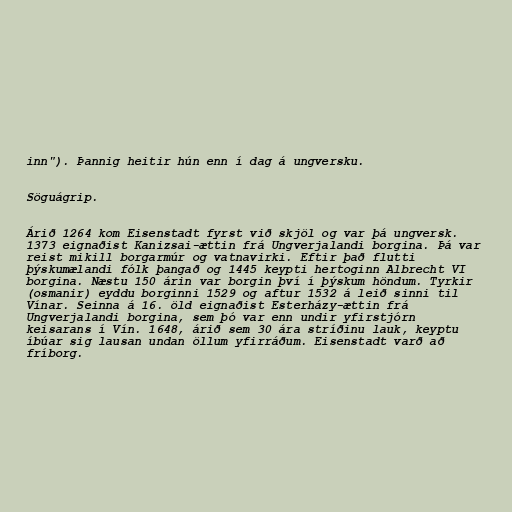
inn"). Þannig heitir hún enn í dag á ungversku.

Söguágrip.

Árið 1264 kom Eisenstadt fyrst við skjöl og var þá ungversk.
1373 eignaðist Kanizsai-ættin frá Ungverjalandi borgina. Þá var
reist mikill borgarmúr og vatnavirki. Eftir það flutti
þýskumælandi fólk þangað og 1445 keypti hertoginn Albrecht VI
borgina. Næstu 150 árin var borgin því í þýskum höndum. Tyrkir
(osmanir) eyddu borginni 1529 og aftur 1532 á leið sinni til
Vínar. Seinna á 16. öld eignaðist Esterházy-ættin frá
Ungverjalandi borgina, sem þó var enn undir yfirstjórn
keisarans í Vín. 1648, árið sem 30 ára stríðinu lauk, keyptu
íbúar sig lausan undan öllum yfirráðum. Eisenstadt varð að
fríborg.